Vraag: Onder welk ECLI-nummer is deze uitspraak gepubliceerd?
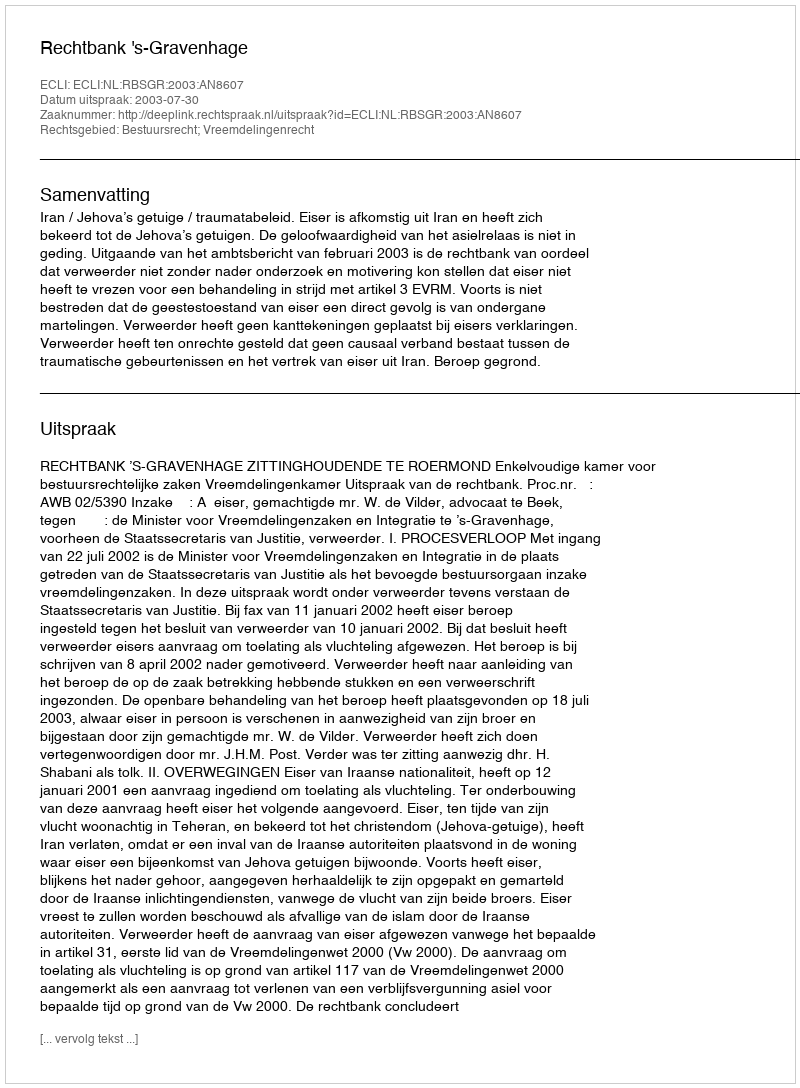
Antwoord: ECLI:NL:RBSGR:2003:AN8607